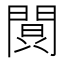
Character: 𮤔